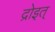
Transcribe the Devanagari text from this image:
द्रोइत्